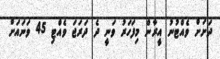
ދަށަށް ވެއްޓުނު އީރާން މިފަހަރު ވަނީ ދެ ދަރަޖަ ވެއްޓި 45 ވަނައަށް